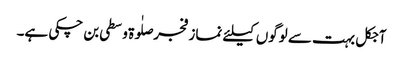
آجکل بہت سے لوگوں کیلئے نماز فجر صلٰوۃ وسطی بن چکی ہے۔